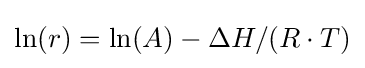
\ln(r)=\ln(A)-\Delta H/(R\cdot T)